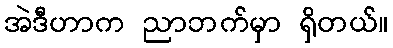
အဲဒီဟာက ညာဘက်မှာ ရှိတယ်။